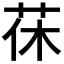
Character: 茠